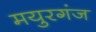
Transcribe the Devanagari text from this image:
मयुरगंज